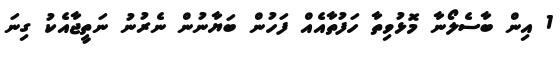
1 އިން ބާސެލޯނާ މޮޅުވިތާ ހަފުތާއެއް ފަހުން ބަޔާނުން ނެރުނު ނަތީޖާއެކު ގިނަ